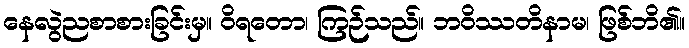
နေလွဲညစာစားခြင်းမှ။ ဝိရတော၊ ကြဉ်သည်။ ဘဝိဿတိနာမ၊ ဖြစ်ဘိ၏။